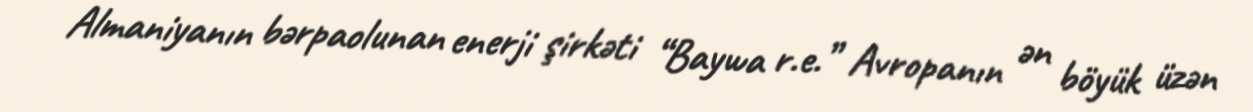
Almaniyanın bərpaolunan enerji şirkəti “Baywa r.e.” Avropanın ən böyük üzən